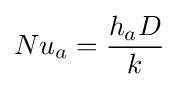
Nu_{a}={\frac {h_{a}D}{k}}